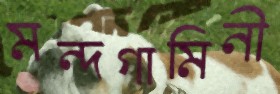
মন্দগামিনী